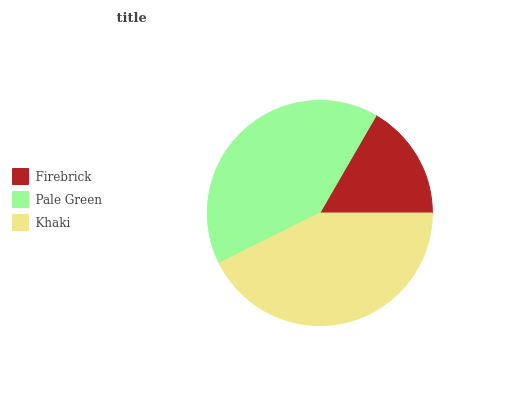
| Firebrick | Pale Green | Khaki |
 | --- | --- | --- |
 | 16.7% | 40.7% | 42.6% |